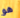
هو